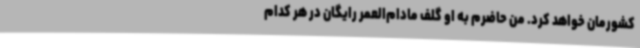
کشورمان خواهد کرد. من حاضرم به او گلف مادام‌العمر رایگان در هر کدام